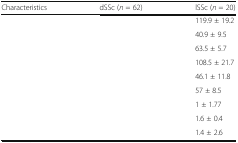
<table><thead><tr><td><b>Characteristics</b></td><td><b>dSSc (<i>n</i> = 62)</b></td><td><b>lSSc (<i>n</i> = 20)</b></td></tr></thead><tbody><tr><td>[EMPTY_CELL]</td><td>[EMPTY_CELL]</td><td>119.9 ± 19.2</td></tr><tr><td>[EMPTY_CELL]</td><td>[EMPTY_CELL]</td><td>40.9 ± 9.5</td></tr><tr><td>[EMPTY_CELL]</td><td>[EMPTY_CELL]</td><td>63.5 ± 5.7</td></tr><tr><td>[EMPTY_CELL]</td><td>[EMPTY_CELL]</td><td>108.5 ± 21.7</td></tr><tr><td>[EMPTY_CELL]</td><td>[EMPTY_CELL]</td><td>46.1 ± 11.8</td></tr><tr><td>[EMPTY_CELL]</td><td>[EMPTY_CELL]</td><td>57 ± 8.5</td></tr><tr><td>[EMPTY_CELL]</td><td>[EMPTY_CELL]</td><td>1 ± 1.77</td></tr><tr><td>[EMPTY_CELL]</td><td>[EMPTY_CELL]</td><td>1.6 ± 0.4</td></tr><tr><td>[EMPTY_CELL]</td><td>[EMPTY_CELL]</td><td>1.4 ± 2.6</td></tr></tbody></table>